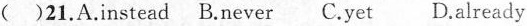
()21. A.instead B.never C.yet D.already